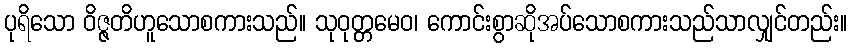
ပုရိသော ဝိဇ္ဇတိဟူသောစကားသည်။ သုဝုတ္တမေဝ၊ ကောင်းစွာဆိုအပ်သောစကားသည်သာလျှင်တည်း။